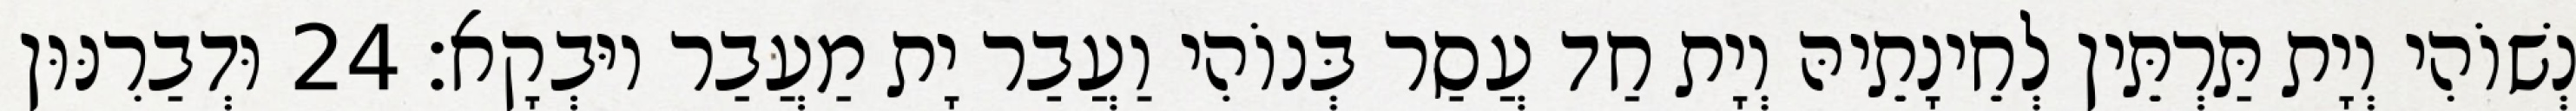
נְשׁוֹהִי וְיָת תַּרְתֵּין לְחֵינָתֵיהּ וְיָת חַד עֲסַר בְּנוֹהִי וַעֲבַר יָת מַעֲבַר יוּבְקָא׃ 24 וּדְבַרִנּוּן